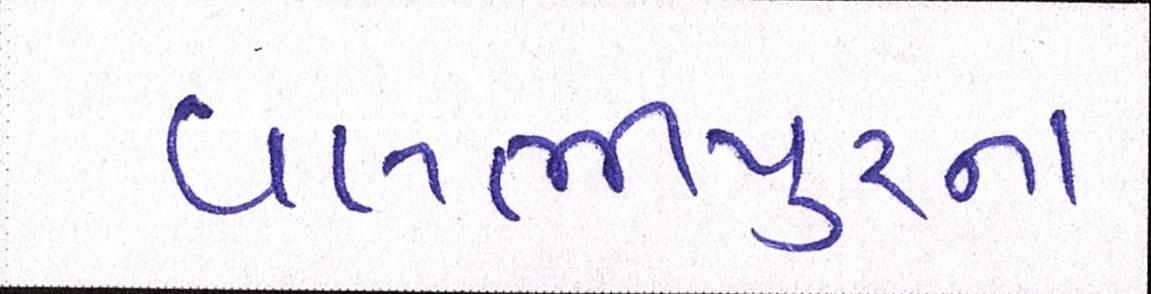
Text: વલભીપુરના